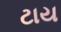
ટાય